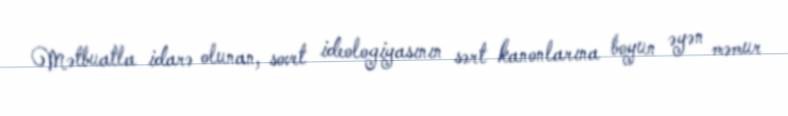
Mətbuatla idarə olunan, sovet ideologiyasının sərt kanonlarına boyun əyən məmur